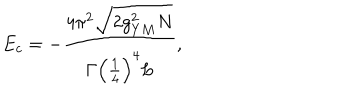
E _ { c } = - \frac { 4 \pi ^ { 2 } \sqrt { 2 g _ { Y M } ^ { 2 } N } } { \Gamma \left( \frac { 1 } { 4 } \right) ^ { 4 } L } ,